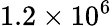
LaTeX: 1.2\times 10^{6}